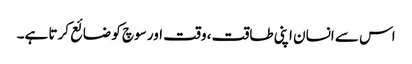
اس سے انسان اپنی طاقت ، وقت اور سوچ کو ضائع کرتا ہے۔